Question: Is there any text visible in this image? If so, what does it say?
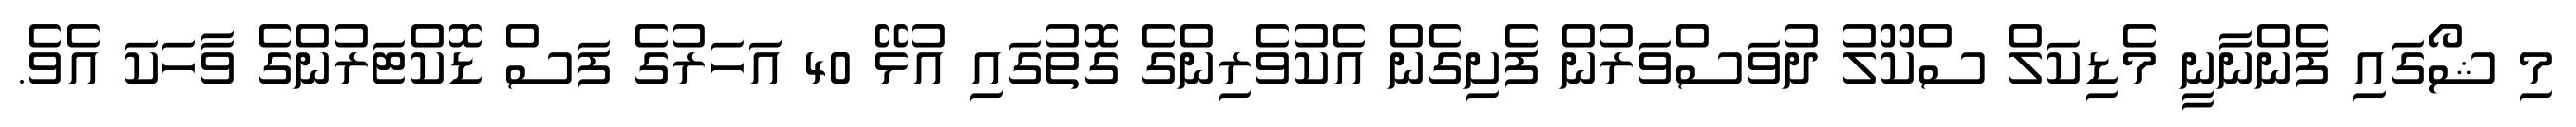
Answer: މި ޝޯގައި ފެންނާނީ މެޑިކަލް ސްކޫލު ދުވަސްވަރުން ފެށިގެން އެކުވެރިންގެ ގޮތުގައި އުޅޭ 40 އަހަރުގެ ފަސް ޑޮކްޓަރުންގެ ވާހަކަ އެވެ.